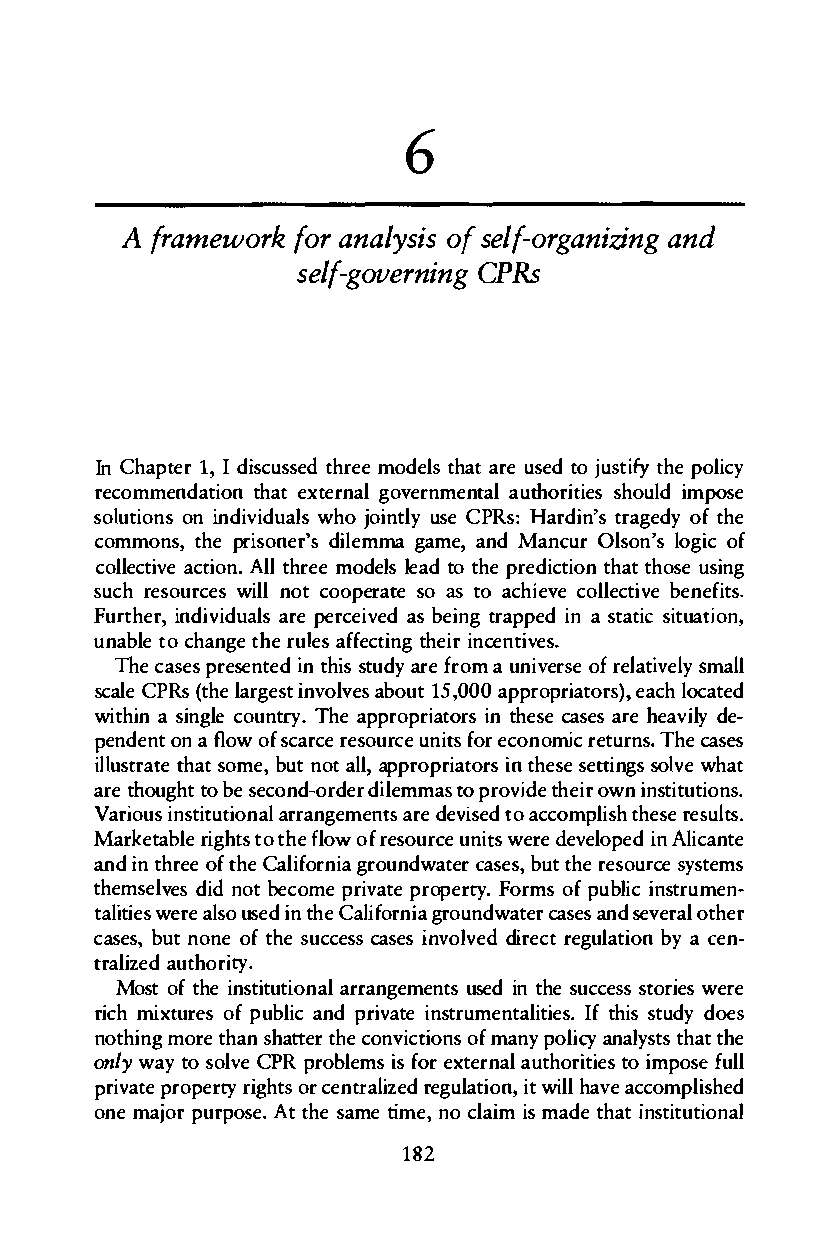
6
 A framewokrf ora nyasloifss e-logfranziinagn d
 slegf-overCnPRsi ng
 InC hapetr1 ,Id iscustsherdem eo deltsh aatr eu setdo j usttihfyep oilcy
 recommendna tthiaeotx etrnaglov ernmteanal uthoristhioeusli dm pose
 solutioonin nsd ividwuhaojl osi lnyut seC PRs:H arditnr'asg eodfyt he
 commosn, tphrein seo'rsd ilmeam game, Maanndc uOrl sonl'osg iocf
 collecatcitnvi.eAo ll tmhordeeell se atdot hep redictthiaottnh osues ing
 sucrhe sourwcielnslo tc opoeratseoas toa cihevec olclteivbeen efits.
 Futrheirn,d ivailadsru ep ercveedi asb eign trpapedi na statsiiucta otni,
 unablteoc hangteh e rauflfeesgc ttihneiinrec nteisv.
 Thec aspesres entiendt histsu dayr e far uonmvi ersoefre latisvmeallyl
 saclCeP Rs( thlea rgiensvto lavbeosu1 t50 ,00ap prporiat,oe rascl)ho cated
 withai sni ngcloeu eny.tT hea pprporiatorisnt hescea ses heaarlvey id e­
 pendeonnta fl owo fs carrceoes urcuen itfso erc onomic retcuarsness. The
 illustrtahtasetom e,b utn ota lalp,p roptroiriasnt hesseett nigss olvweh at
 aret hougthobt e s econd-odrimdlmeeras t op rovidtehe iorw ni snittutions.
 Various iitnusttiaornraaln gemaerndete sv isteoad c comlpisthh ersees lsut.
 Markaebtlrei gsht to tfhleoo wf r esrocuuen tisw erdee evlopiendA lciante
 andi nt hreoeft hCea loirfngirao uwnadtecra s,eb sut rtehseo cuesr ystems
 themvseesdl di notb ecoem prviaet propeyr.tF ormosf p ubliicsn trmuen­
 tailiewtse rael suos eidnt heC ailofrngiroau nwdatecra saensd s eveortahle r
 casse,b utn onoe fth e succescsa seisvn ovledd irercetg ulabtyia o cne n­
 tarlizaeuhdt ortiy.
 Most ofi sntthiet utairornaanlg emuesnetds ins ucctehsses t orwieerse
 ricmhi xturoefps u blaincd p rivteai sntrmuenatlitIifet sh.is std uyd oes
 nohtign morteh asnh ttaert hceo nvictoifmo annsyp olyia cnalytshtatsth e
 onwlayy t os olevC PRp robleimsfs or e xteranuatlh ortioti imepso sfeu ll
 privaptroep eyrr tgihtosrc enrtalirzeegdu olanit,iwt i lhla vaec copmlished
 onem ajopru pros.eA tt hesa me timen,oc laiimsm adet hati sntuittional
 128